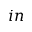
i n